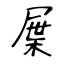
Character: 屟